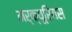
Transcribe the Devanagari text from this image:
मर्क्यूरियस